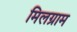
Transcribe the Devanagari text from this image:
मिलग्राम